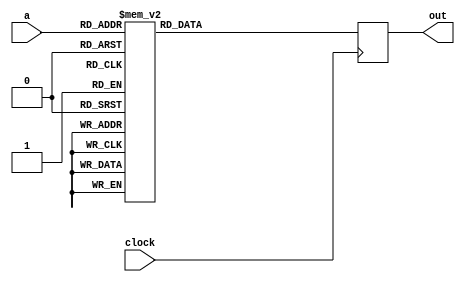
module ROM(a, out, clock);

input [8:0] a;
output reg [35:0] out;
reg [35:0] o;
input clock;


always @ (posedge clock)
begin
	out <= o;
end


always @(a) begin
case (a)
// --------- --- -- ------ --------- --- ----
// XXXXXXXXX JJJ SS FFEEII HOTCLSPMM WRF BBBB
// NEXT_ADDR MAA LR 01NNNN POPVPCVA REE 3210
// PMM LA ABVC CSP RR IAC
// CNZ 81 A TDT
// H
// --------- --- -- ------ --------- --- ----
9'h000 : o = 36'b000000010_000_00_000000_000000000_000_0000; // goto 0x2
9'h001 : o = 36'b001000000_000_00_110101_000000100_000_0001; // PC=PC+1;goto 0x40
9'h002 : o = 36'b000000000_100_00_110101_000000100_001_0001; // PC=PC+1;fetch;goto (MBR)
9'h003 : o = 36'b000000100_000_00_010100_100000000_000_0111; // H=TOS;goto 0x4
9'h004 : o = 36'b000000010_000_00_111100_001000010_100_0000; // TOS=MDR=H+MDR;wr;goto 0x2
9'h005 : o = 36'b000000110_000_00_010100_100000000_000_0111; // H=TOS;goto 0x6
9'h006 : o = 36'b000000010_000_00_111111_001000010_100_0000; // TOS=MDR=MDR-H;wr;goto 0x2
9'h007 : o = 36'b000001000_000_00_010100_100000000_000_0111; // H=TOS;goto 0x8
9'h008 : o = 36'b000000010_000_00_001100_001000010_100_0000; // TOS=MDR=H AND MDR;wr;goto 0x2
9'h009 : o = 36'b000001010_000_00_010100_100000000_000_0111; // H=TOS;goto 0xA
9'h00a : o = 36'b000000010_000_00_011100_001000010_100_0000; // TOS=MDR=H OR MDR;wr;goto 0x2
9'h00b : o = 36'b000000010_000_00_010100_000000010_100_0111; // MDR=TOS;wr;goto 0x2
9'h00c : o = 36'b000001101_000_00_000000_000000000_000_0000; // goto 0xD
9'h00d : o = 36'b000000010_000_00_010100_001000000_000_0000; // TOS=MDR;goto 0x2
9'h00e : o = 36'b000001111_000_00_010100_000000001_000_0100; // MAR=SP;goto 0xF
9'h00f : o = 36'b000010001_000_00_010100_100000000_100_0000; // H=MDR;wr;goto 0x11
9'h010 : o = 36'b000010110_000_00_110101_000001001_000_0100; // SP=MAR=SP+1;goto 0x16
9'h011 : o = 36'b000010010_000_00_010100_000000010_000_0111; // MDR=TOS;goto 0x12
9'h012 : o = 36'b000010100_000_00_110110_000000001_100_0100; // MAR=SP-1;wr;goto 0x14
9'h013 : o = 36'b000100111_000_00_110101_000000100_001_0001; // PC=PC+1;fetch;goto 0x27
9'h014 : o = 36'b000000010_000_00_011000_001000000_000_0000; // TOS=H;goto 0x2
9'h015 : o = 36'b000011000_000_00_010100_100000000_000_0101; // H=LV;goto 0x18
9'h016 : o = 36'b000010111_000_00_110101_000000100_001_0001; // PC=PC+1;fetch;goto 0x17
9'h017 : o = 36'b000000010_000_00_010100_001000010_100_0010; // TOS=MDR=MBR;wr;goto 0x2
9'h018 : o = 36'b000011001_000_00_111100_000000001_010_0011; // MAR=H+MBRU;rd;goto 0x19
9'h019 : o = 36'b000011010_000_00_110101_000001001_000_0100; // SP=MAR=SP+1;goto 0x1A
9'h01a : o = 36'b000011011_000_00_110101_000000100_101_0001; // PC=PC+1;wr;fetch;goto 0x1B
9'h01b : o = 36'b000000010_000_00_010100_001000000_000_0000; // TOS=MDR;goto 0x2
9'h01c : o = 36'b000011101_000_00_111100_000000001_000_0011; // MAR=H+MBRU;goto 0x1D
9'h01d : o = 36'b000011110_000_00_010100_000000010_100_0111; // MDR=TOS;wr;goto 0x1E
9'h01e : o = 36'b000011111_000_00_110110_000001001_010_0100; // SP=MAR=SP-1;rd;goto 0x1F
9'h01f : o = 36'b000100000_000_00_110101_000000100_001_0001; // PC=PC+1;fetch;goto 0x20
9'h020 : o = 36'b000000010_000_00_010100_001000000_000_0000; // TOS=MDR;goto 0x2
9'h021 : o = 36'b000100010_000_10_010100_100000000_000_0011; // H=MBRU<<8;goto 0x22
9'h022 : o = 36'b000100011_000_00_011100_100000000_000_0011; // H=H OR MBRU;goto 0x23
9'h023 : o = 36'b000011001_000_00_111100_000000001_010_0101; // MAR=H+LV;rd;goto 0x19
9'h024 : o = 36'b000100101_000_10_010100_100000000_000_0011; // H=MBRU<<8;goto 0x25
9'h025 : o = 36'b000100110_000_00_011100_100000000_000_0011; // H=H OR MBRU;goto 0x26
9'h026 : o = 36'b000011101_000_00_111100_000000001_000_0101; // MAR=H+LV;goto 0x1D
9'h027 : o = 36'b000101000_000_10_010100_100000000_000_0011; // H=MBRU<<8;goto 0x28
9'h028 : o = 36'b000101001_000_00_011100_100000000_000_0011; // H=H OR MBRU;goto 0x29
9'h029 : o = 36'b000011001_000_00_111100_000000001_010_0110; // MAR=H+CPP;rd;goto 0x19
9'h02a : o = 36'b000101011_000_00_111100_000000001_010_0011; // MAR=H+MBRU;rd;goto 0x2B
9'h02b : o = 36'b000101100_000_00_110101_000000100_001_0001; // PC=PC+1;fetch;goto 0x2C
9'h02c : o = 36'b000101101_000_00_010100_100000000_000_0000; // H=MDR;goto 0x2D
9'h02d : o = 36'b000101110_000_00_110101_000000100_001_0001; // PC=PC+1;fetch;goto 0x2E
9'h02e : o = 36'b000000010_000_00_111100_000000010_100_0010; // MDR=H+MBR;wr;goto 0x2
9'h02f : o = 36'b000110000_000_00_110101_000000100_001_0001; // PC=PC+1;fetch;goto 0x30
9'h030 : o = 36'b000110001_000_10_010100_100000000_000_0010; // H=MBR<<8;goto 0x31
9'h031 : o = 36'b000110010_000_00_011100_100000000_000_0011; // H=H OR MBRU;goto 0x32
9'h032 : o = 36'b000110011_000_00_111100_000000100_001_1000; // PC=H+OPC;fetch;goto 0x33
9'h033 : o = 36'b000000010_000_00_000000_000000000_000_0000; // goto 0x2
9'h034 : o = 36'b000110101_000_00_010100_010000000_000_0111; // OPC=TOS;goto 0x35
9'h035 : o = 36'b000110111_000_00_010100_001000000_000_0000; // TOS=MDR;goto 0x37
9'h036 : o = 36'b000011100_000_00_010100_100000000_000_0101; // H=LV;goto 0x1C
9'h037 : o = 36'b000000001_000_00_010100_000000000_000_1000; // N=OPC;if (N) goto 0x101; else goto 0x1
9'h038 : o = 36'b000111001_000_00_010100_010000000_000_0111; // OPC=TOS;goto 0x39
9'h039 : o = 36'b000111010_000_00_010100_001000000_000_0000; // TOS=MDR;goto 0x3A
9'h03a : o = 36'b000000001_011_00_010100_000000000_000_1000; // Z=OPC;if (Z) goto 0x101; else goto 0x1
9'h03b : o = 36'b000111100_000_00_110110_000001001_000_0100; // SP=MAR=SP-1;goto 0x3C
9'h03c : o = 36'b000111101_000_00_010100_100000000_010_0000; // H=MDR;rd;goto 0x3D
9'h03d : o = 36'b000111110_000_00_010100_010000000_000_0111; // OPC=TOS;goto 0x3E
9'h03e : o = 36'b000111111_000_00_010100_001000000_000_0000; // TOS=MDR;goto 0x3F
9'h03f : o = 36'b000000001_011_00_111111_000000000_000_1000; // Z=OPC-H;if (Z) goto 0x101; else goto 0x1
9'h040 : o = 36'b001000001_000_00_110101_000000100_001_0001; // PC=PC+1;fetch;goto 0x41
9'h041 : o = 36'b000000010_000_00_000000_000000000_000_0000; // goto 0x2
9'h042 : o = 36'b001000011_000_10_010100_100000000_000_0011; // H=MBRU<<8;goto 0x43
9'h043 : o = 36'b001000100_000_00_011100_100000000_000_0011; // H=H OR MBRU;goto 0x44
9'h044 : o = 36'b001000101_000_00_111100_000000001_010_0110; // MAR=H+CPP;rd;goto 0x45
9'h045 : o = 36'b001000110_000_00_110101_010000000_000_0001; // OPC=PC+1;goto 0x46
9'h046 : o = 36'b001000111_000_00_010100_000000100_001_0000; // PC=MDR;fetch;goto 0x47
9'h047 : o = 36'b001001000_000_00_110101_000000100_001_0001; // PC=PC+1;fetch;goto 0x48
9'h048 : o = 36'b001001001_000_10_010100_100000000_000_0011; // H=MBRU<<8;goto 0x49
9'h049 : o = 36'b001001010_000_00_011100_100000000_000_0011; // H=H OR MBRU;goto 0x4A
9'h04a : o = 36'b001001011_000_00_110101_000000100_001_0001; // PC=PC+1;fetch;goto 0x4B
9'h04b : o = 36'b001001100_000_00_111111_001000000_000_0100; // TOS=SP-H;goto 0x4C
9'h04c : o = 36'b001001101_000_00_110101_001000001_000_0111; // TOS=MAR=TOS+1;goto 0x4D
9'h04d : o = 36'b001001110_000_00_110101_000000100_001_0001; // PC=PC+1;fetch;goto 0x4E
9'h04e : o = 36'b001001111_000_10_010100_100000000_000_0011; // H=MBRU<<8;goto 0x4F
9'h04f : o = 36'b001010000_000_00_011100_100000000_000_0011; // H=H OR MBRU;goto 0x50
9'h050 : o = 36'b001010001_000_00_111101_000000010_100_0100; // MDR=H+SP+1;wr;goto 0x51
9'h051 : o = 36'b001010010_000_00_010100_000001001_000_0000; // SP=MAR=MDR;goto 0x52
9'h052 : o = 36'b001010011_000_00_010100_000000010_100_1000; // MDR=OPC;wr;goto 0x53
9'h053 : o = 36'b001010100_000_00_110101_000001001_000_0100; // SP=MAR=SP+1;goto 0x54
9'h054 : o = 36'b001010101_000_00_010100_000000010_100_0101; // MDR=LV;wr;goto 0x55
9'h055 : o = 36'b001010110_000_00_110101_000000100_001_0001; // PC=PC+1;fetch;goto 0x56
9'h056 : o = 36'b000000010_000_00_010100_000010000_000_0111; // LV=TOS;goto 0x2
9'h057 : o = 36'b000001100_000_00_110110_000001001_010_0100; // SP=MAR=SP-1;rd;goto 0xC
9'h058 : o = 36'b001011010_000_00_000000_000000000_000_0000; // goto 0x5A
9'h059 : o = 36'b000001011_000_00_110101_000001001_000_0100; // SP=MAR=SP+1;goto 0xB
9'h05a : o = 36'b001011011_000_00_010100_000010001_010_0000; // LV=MAR=MDR;rd;goto 0x5B
9'h05b : o = 36'b001011100_000_00_110101_000000001_000_0101; // MAR=LV+1;goto 0x5C
9'h05c : o = 36'b001011101_000_00_010100_000000100_011_0000; // PC=MDR;rd;fetch;goto 0x5D
9'h05d : o = 36'b001011110_000_00_010100_000000001_000_0100; // MAR=SP;goto 0x5E
9'h05e : o = 36'b001100001_000_00_010100_000010000_000_0000; // LV=MDR;goto 0x61
9'h05f : o = 36'b000001110_000_00_110110_000000001_010_0100; // MAR=SP-1;rd;goto 0xE
9'h060 : o = 36'b000000011_000_00_110110_000001001_010_0100; // SP=MAR=SP-1;rd;goto 0x3
9'h061 : o = 36'b000000010_000_00_010100_000000010_100_0111; // MDR=TOS;wr;goto 0x2
9'h062 : o = 36'b001100011_000_00_010100_000000010_100_0111; // MDR=TOS;wr;goto 0x63
9'h063 : o = 36'b001100101_000_00_000000_000000000_000_0000; // goto 0x65
9'h064 : o = 36'b000000101_000_00_110110_000001001_010_0100; // SP=MAR=SP-1;rd;goto 0x5
9'h065 : o = 36'b001100110_000_00_110110_000001001_010_0100; // SP=MAR=SP-1;rd;goto 0x66
9'h066 : o = 36'b001100111_000_00_000000_000000000_000_0000; // goto 0x67
9'h067 : o = 36'b000000010_000_00_010100_001000000_000_0000; // TOS=MDR;goto 0x2
9'h068 : o = 36'b001101001_000_00_110101_000001001_000_0100; // SP=MAR=SP+1;goto 0x69
9'h069 : o = 36'b000000010_000_00_010100_001000000_100_0000; // TOS=MDR;wr;goto 0x2
9'h06a : o = 36'b011111111_000_00_000000_000000000_000_0000; // goto 0xFF
9'h06b : o = 36'b011111111_000_00_000000_000000000_000_0000; // goto 0xFF
9'h06c : o = 36'b011111111_000_00_000000_000000000_000_0000; // goto 0xFF
9'h06d : o = 36'b011111111_000_00_000000_000000000_000_0000; // goto 0xFF
9'h06e : o = 36'b011111111_000_00_000000_000000000_000_0000; // goto 0xFF
9'h06f : o = 36'b011111111_000_00_000000_000000000_000_0000; // goto 0xFF
9'h070 : o = 36'b011111111_000_00_000000_000000000_000_0000; // goto 0xFF
9'h071 : o = 36'b011111111_000_00_000000_000000000_000_0000; // goto 0xFF
9'h072 : o = 36'b011111111_000_00_000000_000000000_000_0000; // goto 0xFF
9'h073 : o = 36'b011111111_000_00_000000_000000000_000_0000; // goto 0xFF
9'h074 : o = 36'b011111111_000_00_000000_000000000_000_0000; // goto 0xFF
9'h075 : o = 36'b011111111_000_00_000000_000000000_000_0000; // goto 0xFF
9'h076 : o = 36'b011111111_000_00_000000_000000000_000_0000; // goto 0xFF
9'h077 : o = 36'b011111111_000_00_000000_000000000_000_0000; // goto 0xFF
9'h078 : o = 36'b011111111_000_00_000000_000000000_000_0000; // goto 0xFF
9'h079 : o = 36'b011111111_000_00_000000_000000000_000_0000; // goto 0xFF
9'h07a : o = 36'b011111111_000_00_000000_000000000_000_0000; // goto 0xFF
9'h07b : o = 36'b011111111_000_00_000000_000000000_000_0000; // goto 0xFF
9'h07c : o = 36'b011111111_000_00_000000_000000000_000_0000; // goto 0xFF
9'h07d : o = 36'b011111111_000_00_000000_000000000_000_0000; // goto 0xFF
9'h07e : o = 36'b000000111_000_00_110110_000001001_010_0100; // SP=MAR=SP-1;rd;goto 0x7
9'h07f : o = 36'b011111111_000_00_000000_000000000_000_0000; // goto 0xFF
9'h080 : o = 36'b011111111_000_00_000000_000000000_000_0000; // goto 0xFF
9'h081 : o = 36'b011111111_000_00_000000_000000000_000_0000; // goto 0xFF
9'h082 : o = 36'b011111111_000_00_000000_000000000_000_0000; // goto 0xFF
9'h083 : o = 36'b011111111_000_00_000000_000000000_000_0000; // goto 0xFF
9'h084 : o = 36'b000101010_000_00_010100_100000000_000_0101; // H=LV;goto 0x2A
9'h085 : o = 36'b011111111_000_00_000000_000000000_000_0000; // goto 0xFF
9'h086 : o = 36'b011111111_000_00_000000_000000000_000_0000; // goto 0xFF
9'h087 : o = 36'b011111111_000_00_000000_000000000_000_0000; // goto 0xFF
9'h088 : o = 36'b011111111_000_00_000000_000000000_000_0000; // goto 0xFF
9'h089 : o = 36'b011111111_000_00_000000_000000000_000_0000; // goto 0xFF
9'h08a : o = 36'b011111111_000_00_000000_000000000_000_0000; // goto 0xFF
9'h08b : o = 36'b011111111_000_00_000000_000000000_000_0000; // goto 0xFF
9'h08c : o = 36'b011111111_000_00_000000_000000000_000_0000; // goto 0xFF
9'h08d : o = 36'b011111111_000_00_000000_000000000_000_0000; // goto 0xFF
9'h08e : o = 36'b011111111_000_00_000000_000000000_000_0000; // goto 0xFF
9'h08f : o = 36'b011111111_000_00_000000_000000000_000_0000; // goto 0xFF
9'h090 : o = 36'b011111111_000_00_000000_000000000_000_0000; // goto 0xFF
9'h091 : o = 36'b011111111_000_00_000000_000000000_000_0000; // goto 0xFF
9'h092 : o = 36'b011111111_000_00_000000_000000000_000_0000; // goto 0xFF
9'h093 : o = 36'b011111111_000_00_000000_000000000_000_0000; // goto 0xFF
9'h094 : o = 36'b011111111_000_00_000000_000000000_000_0000; // goto 0xFF
9'h095 : o = 36'b011111111_000_00_000000_000000000_000_0000; // goto 0xFF
9'h096 : o = 36'b011111111_000_00_000000_000000000_000_0000; // goto 0xFF
9'h097 : o = 36'b011111111_000_00_000000_000000000_000_0000; // goto 0xFF
9'h098 : o = 36'b011111111_000_00_000000_000000000_000_0000; // goto 0xFF
9'h099 : o = 36'b000111000_000_00_110110_000001001_010_0100; // SP=MAR=SP-1;rd;goto 0x38
9'h09a : o = 36'b011111111_000_00_000000_000000000_000_0000; // goto 0xFF
9'h09b : o = 36'b000110100_000_00_110110_000001001_010_0100; // SP=MAR=SP-1;rd;goto 0x34
9'h09c : o = 36'b011111111_000_00_000000_000000000_000_0000; // goto 0xFF
9'h09d : o = 36'b011111111_000_00_000000_000000000_000_0000; // goto 0xFF
9'h09e : o = 36'b011111111_000_00_000000_000000000_000_0000; // goto 0xFF
9'h09f : o = 36'b000111011_000_00_110110_000001001_010_0100; // SP=MAR=SP-1;rd;goto 0x3B
9'h0a0 : o = 36'b011111111_000_00_000000_000000000_000_0000; // goto 0xFF
9'h0a1 : o = 36'b011111111_000_00_000000_000000000_000_0000; // goto 0xFF
9'h0a2 : o = 36'b011111111_000_00_000000_000000000_000_0000; // goto 0xFF
9'h0a3 : o = 36'b011111111_000_00_000000_000000000_000_0000; // goto 0xFF
9'h0a4 : o = 36'b011111111_000_00_000000_000000000_000_0000; // goto 0xFF
9'h0a5 : o = 36'b011111111_000_00_000000_000000000_000_0000; // goto 0xFF
9'h0a6 : o = 36'b011111111_000_00_000000_000000000_000_0000; // goto 0xFF
9'h0a7 : o = 36'b000101111_000_00_110110_010000000_000_0001; // OPC=PC-1;goto 0x2F
9'h0a8 : o = 36'b011111111_000_00_000000_000000000_000_0000; // goto 0xFF
9'h0a9 : o = 36'b011111111_000_00_000000_000000000_000_0000; // goto 0xFF
9'h0aa : o = 36'b011111111_000_00_000000_000000000_000_0000; // goto 0xFF
9'h0ab : o = 36'b011111111_000_00_000000_000000000_000_0000; // goto 0xFF
9'h0ac : o = 36'b001011000_000_00_010100_000001001_010_0101; // SP=MAR=LV;rd;goto 0x58
9'h0ad : o = 36'b011111111_000_00_000000_000000000_000_0000; // goto 0xFF
9'h0ae : o = 36'b011111111_000_00_000000_000000000_000_0000; // goto 0xFF
9'h0af : o = 36'b011111111_000_00_000000_000000000_000_0000; // goto 0xFF
9'h0b0 : o = 36'b000001001_000_00_110110_000001001_010_0100; // SP=MAR=SP-1;rd;goto 0x9
9'h0b1 : o = 36'b011111111_000_00_000000_000000000_000_0000; // goto 0xFF
9'h0b2 : o = 36'b011111111_000_00_000000_000000000_000_0000; // goto 0xFF
9'h0b3 : o = 36'b011111111_000_00_000000_000000000_000_0000; // goto 0xFF
9'h0b4 : o = 36'b011111111_000_00_000000_000000000_000_0000; // goto 0xFF
9'h0b5 : o = 36'b011111111_000_00_000000_000000000_000_0000; // goto 0xFF
9'h0b6 : o = 36'b001000010_000_00_110101_000000100_001_0001; // PC=PC+1;fetch;goto 0x42
9'h0b7 : o = 36'b011111111_000_00_000000_000000000_000_0000; // goto 0xFF
9'h0b8 : o = 36'b011111111_000_00_000000_000000000_000_0000; // goto 0xFF
9'h0b9 : o = 36'b011111111_000_00_000000_000000000_000_0000; // goto 0xFF
9'h0ba : o = 36'b011111111_000_00_000000_000000000_000_0000; // goto 0xFF
9'h0bb : o = 36'b011111111_000_00_000000_000000000_000_0000; // goto 0xFF
9'h0bc : o = 36'b011111111_000_00_000000_000000000_000_0000; // goto 0xFF
9'h0bd : o = 36'b011111111_000_00_000000_000000000_000_0000; // goto 0xFF
9'h0be : o = 36'b011111111_000_00_000000_000000000_000_0000; // goto 0xFF
9'h0bf : o = 36'b011111111_000_00_000000_000000000_000_0000; // goto 0xFF
9'h0c0 : o = 36'b011111111_000_00_000000_000000000_000_0000; // goto 0xFF
9'h0c1 : o = 36'b011111111_000_00_000000_000000000_000_0000; // goto 0xFF
9'h0c2 : o = 36'b011111111_000_00_000000_000000000_000_0000; // goto 0xFF
9'h0c3 : o = 36'b011111111_000_00_000000_000000000_000_0000; // goto 0xFF
9'h0c4 : o = 36'b100000000_100_00_110101_000000100_001_0001; // PC=PC+1;fetch;goto (MBR OR 0x100)
9'h0c5 : o = 36'b011111111_000_00_000000_000000000_000_0000; // goto 0xFF
9'h0c6 : o = 36'b011111111_000_00_000000_000000000_000_0000; // goto 0xFF
9'h0c7 : o = 36'b011111111_000_00_000000_000000000_000_0000; // goto 0xFF
9'h0c8 : o = 36'b011111111_000_00_000000_000000000_000_0000; // goto 0xFF
9'h0c9 : o = 36'b011111111_000_00_000000_000000000_000_0000; // goto 0xFF
9'h0ca : o = 36'b011111111_000_00_000000_000000000_000_0000; // goto 0xFF
9'h0cb : o = 36'b011111111_000_00_000000_000000000_000_0000; // goto 0xFF
9'h0cc : o = 36'b011111111_000_00_000000_000000000_000_0000; // goto 0xFF
9'h0cd : o = 36'b011111111_000_00_000000_000000000_000_0000; // goto 0xFF
9'h0ce : o = 36'b011111111_000_00_000000_000000000_000_0000; // goto 0xFF
9'h0cf : o = 36'b011111111_000_00_000000_000000000_000_0000; // goto 0xFF
9'h0d0 : o = 36'b011111111_000_00_000000_000000000_000_0000; // goto 0xFF
9'h0d1 : o = 36'b011111111_000_00_000000_000000000_000_0000; // goto 0xFF
9'h0d2 : o = 36'b011111111_000_00_000000_000000000_000_0000; // goto 0xFF
9'h0d3 : o = 36'b011111111_000_00_000000_000000000_000_0000; // goto 0xFF
9'h0d4 : o = 36'b011111111_000_00_000000_000000000_000_0000; // goto 0xFF
9'h0d5 : o = 36'b011111111_000_00_000000_000000000_000_0000; // goto 0xFF
9'h0d6 : o = 36'b011111111_000_00_000000_000000000_000_0000; // goto 0xFF
9'h0d7 : o = 36'b011111111_000_00_000000_000000000_000_0000; // goto 0xFF
9'h0d8 : o = 36'b011111111_000_00_000000_000000000_000_0000; // goto 0xFF
9'h0d9 : o = 36'b011111111_000_00_000000_000000000_000_0000; // goto 0xFF
9'h0da : o = 36'b011111111_000_00_000000_000000000_000_0000; // goto 0xFF
9'h0db : o = 36'b011111111_000_00_000000_000000000_000_0000; // goto 0xFF
9'h0dc : o = 36'b011111111_000_00_000000_000000000_000_0000; // goto 0xFF
9'h0dd : o = 36'b011111111_000_00_000000_000000000_000_0000; // goto 0xFF
9'h0de : o = 36'b011111111_000_00_000000_000000000_000_0000; // goto 0xFF
9'h0df : o = 36'b011111111_000_00_000000_000000000_000_0000; // goto 0xFF
9'h0e0 : o = 36'b011111111_000_00_000000_000000000_000_0000; // goto 0xFF
9'h0e1 : o = 36'b011111111_000_00_000000_000000000_000_0000; // goto 0xFF
9'h0e2 : o = 36'b011111111_000_00_000000_000000000_000_0000; // goto 0xFF
9'h0e3 : o = 36'b011111111_000_00_000000_000000000_000_0000; // goto 0xFF
9'h0e4 : o = 36'b011111111_000_00_000000_000000000_000_0000; // goto 0xFF
9'h0e5 : o = 36'b011111111_000_00_000000_000000000_000_0000; // goto 0xFF
9'h0e6 : o = 36'b011111111_000_00_000000_000000000_000_0000; // goto 0xFF
9'h0e7 : o = 36'b011111111_000_00_000000_000000000_000_0000; // goto 0xFF
9'h0e8 : o = 36'b011111111_000_00_000000_000000000_000_0000; // goto 0xFF
9'h0e9 : o = 36'b011111111_000_00_000000_000000000_000_0000; // goto 0xFF
9'h0ea : o = 36'b011111111_000_00_000000_000000000_000_0000; // goto 0xFF
9'h0eb : o = 36'b011111111_000_00_000000_000000000_000_0000; // goto 0xFF
9'h0ec : o = 36'b011111111_000_00_000000_000000000_000_0000; // goto 0xFF
9'h0ed : o = 36'b011111111_000_00_000000_000000000_000_0000; // goto 0xFF
9'h0ee : o = 36'b011111111_000_00_000000_000000000_000_0000; // goto 0xFF
9'h0ef : o = 36'b011111111_000_00_000000_000000000_000_0000; // goto 0xFF
9'h0f0 : o = 36'b011111111_000_00_000000_000000000_000_0000; // goto 0xFF
9'h0f1 : o = 36'b011111111_000_00_000000_000000000_000_0000; // goto 0xFF
9'h0f2 : o = 36'b011111111_000_00_000000_000000000_000_0000; // goto 0xFF
9'h0f3 : o = 36'b011111111_000_00_000000_000000000_000_0000; // goto 0xFF
9'h0f4 : o = 36'b011111111_000_00_000000_000000000_000_0000; // goto 0xFF
9'h0f5 : o = 36'b011111111_000_00_000000_000000000_000_0000; // goto 0xFF
9'h0f6 : o = 36'b011111111_000_00_000000_000000000_000_0000; // goto 0xFF
9'h0f7 : o = 36'b011111111_000_00_000000_000000000_000_0000; // goto 0xFF
9'h0f8 : o = 36'b011111111_000_00_000000_000000000_000_0000; // goto 0xFF
9'h0f9 : o = 36'b011111111_000_00_000000_000000000_000_0000; // goto 0xFF
9'h0fa : o = 36'b011111111_000_00_000000_000000000_000_0000; // goto 0xFF
9'h0fb : o = 36'b011111111_000_00_000000_000000000_000_0000; // goto 0xFF
9'h0fc : o = 36'b001101000_000_00_010010_000000001_010_0000; // MAR=-1;rd;goto 0x68
9'h0fd : o = 36'b001100010_000_00_010010_000000001_000_0000; // MAR=-1;goto 0x62
9'h0fe : o = 36'b011111111_000_00_000000_000000000_000_0000; // goto 0xFF
9'h0ff : o = 36'b011111111_000_00_000000_000000000_000_0000; // goto 0xFF
9'h100 : o = 36'b011111111_000_00_000000_000000000_000_0000; // goto 0xFF
9'h101 : o = 36'b000101111_000_00_110110_010000000_001_0001; // OPC=PC-1;fetch;goto 0x2F
9'h102 : o = 36'b011111111_000_00_000000_000000000_000_0000; // goto 0xFF
9'h103 : o = 36'b011111111_000_00_000000_000000000_000_0000; // goto 0xFF
9'h104 : o = 36'b011111111_000_00_000000_000000000_000_0000; // goto 0xFF
9'h105 : o = 36'b011111111_000_00_000000_000000000_000_0000; // goto 0xFF
9'h106 : o = 36'b011111111_000_00_000000_000000000_000_0000; // goto 0xFF
9'h107 : o = 36'b011111111_000_00_000000_000000000_000_0000; // goto 0xFF
9'h108 : o = 36'b011111111_000_00_000000_000000000_000_0000; // goto 0xFF
9'h109 : o = 36'b011111111_000_00_000000_000000000_000_0000; // goto 0xFF
9'h10a : o = 36'b011111111_000_00_000000_000000000_000_0000; // goto 0xFF
9'h10b : o = 36'b011111111_000_00_000000_000000000_000_0000; // goto 0xFF
9'h10c : o = 36'b011111111_000_00_000000_000000000_000_0000; // goto 0xFF
9'h10d : o = 36'b011111111_000_00_000000_000000000_000_0000; // goto 0xFF
9'h10e : o = 36'b011111111_000_00_000000_000000000_000_0000; // goto 0xFF
9'h10f : o = 36'b011111111_000_00_000000_000000000_000_0000; // goto 0xFF
9'h110 : o = 36'b011111111_000_00_000000_000000000_000_0000; // goto 0xFF
9'h111 : o = 36'b011111111_000_00_000000_000000000_000_0000; // goto 0xFF
9'h112 : o = 36'b011111111_000_00_000000_000000000_000_0000; // goto 0xFF
9'h113 : o = 36'b011111111_000_00_000000_000000000_000_0000; // goto 0xFF
9'h114 : o = 36'b011111111_000_00_000000_000000000_000_0000; // goto 0xFF
9'h115 : o = 36'b000100001_000_00_110101_000000100_001_0001; // PC=PC+1;fetch;goto 0x21
9'h116 : o = 36'b011111111_000_00_000000_000000000_000_0000; // goto 0xFF
9'h117 : o = 36'b011111111_000_00_000000_000000000_000_0000; // goto 0xFF
9'h118 : o = 36'b011111111_000_00_000000_000000000_000_0000; // goto 0xFF
9'h119 : o = 36'b011111111_000_00_000000_000000000_000_0000; // goto 0xFF
9'h11a : o = 36'b011111111_000_00_000000_000000000_000_0000; // goto 0xFF
9'h11b : o = 36'b011111111_000_00_000000_000000000_000_0000; // goto 0xFF
9'h11c : o = 36'b011111111_000_00_000000_000000000_000_0000; // goto 0xFF
9'h11d : o = 36'b011111111_000_00_000000_000000000_000_0000; // goto 0xFF
9'h11e : o = 36'b011111111_000_00_000000_000000000_000_0000; // goto 0xFF
9'h11f : o = 36'b011111111_000_00_000000_000000000_000_0000; // goto 0xFF
9'h120 : o = 36'b011111111_000_00_000000_000000000_000_0000; // goto 0xFF
9'h121 : o = 36'b011111111_000_00_000000_000000000_000_0000; // goto 0xFF
9'h122 : o = 36'b011111111_000_00_000000_000000000_000_0000; // goto 0xFF
9'h123 : o = 36'b011111111_000_00_000000_000000000_000_0000; // goto 0xFF
9'h124 : o = 36'b011111111_000_00_000000_000000000_000_0000; // goto 0xFF
9'h125 : o = 36'b011111111_000_00_000000_000000000_000_0000; // goto 0xFF
9'h126 : o = 36'b011111111_000_00_000000_000000000_000_0000; // goto 0xFF
9'h127 : o = 36'b011111111_000_00_000000_000000000_000_0000; // goto 0xFF
9'h128 : o = 36'b011111111_000_00_000000_000000000_000_0000; // goto 0xFF
9'h129 : o = 36'b011111111_000_00_000000_000000000_000_0000; // goto 0xFF
9'h12a : o = 36'b011111111_000_00_000000_000000000_000_0000; // goto 0xFF
9'h12b : o = 36'b011111111_000_00_000000_000000000_000_0000; // goto 0xFF
9'h12c : o = 36'b011111111_000_00_000000_000000000_000_0000; // goto 0xFF
9'h12d : o = 36'b011111111_000_00_000000_000000000_000_0000; // goto 0xFF
9'h12e : o = 36'b011111111_000_00_000000_000000000_000_0000; // goto 0xFF
9'h12f : o = 36'b011111111_000_00_000000_000000000_000_0000; // goto 0xFF
9'h130 : o = 36'b011111111_000_00_000000_000000000_000_0000; // goto 0xFF
9'h131 : o = 36'b011111111_000_00_000000_000000000_000_0000; // goto 0xFF
9'h132 : o = 36'b011111111_000_00_000000_000000000_000_0000; // goto 0xFF
9'h133 : o = 36'b011111111_000_00_000000_000000000_000_0000; // goto 0xFF
9'h134 : o = 36'b011111111_000_00_000000_000000000_000_0000; // goto 0xFF
9'h135 : o = 36'b011111111_000_00_000000_000000000_000_0000; // goto 0xFF
9'h136 : o = 36'b000100100_000_00_110101_000000100_001_0001; // PC=PC+1;fetch;goto 0x24
9'h137 : o = 36'b011111111_000_00_000000_000000000_000_0000; // goto 0xFF
9'h138 : o = 36'b011111111_000_00_000000_000000000_000_0000; // goto 0xFF
9'h139 : o = 36'b011111111_000_00_000000_000000000_000_0000; // goto 0xFF
9'h13a : o = 36'b011111111_000_00_000000_000000000_000_0000; // goto 0xFF
9'h13b : o = 36'b011111111_000_00_000000_000000000_000_0000; // goto 0xFF
9'h13c : o = 36'b011111111_000_00_000000_000000000_000_0000; // goto 0xFF
9'h13d : o = 36'b011111111_000_00_000000_000000000_000_0000; // goto 0xFF
9'h13e : o = 36'b011111111_000_00_000000_000000000_000_0000; // goto 0xFF
9'h13f : o = 36'b011111111_000_00_000000_000000000_000_0000; // goto 0xFF
9'h140 : o = 36'b011111111_000_00_000000_000000000_000_0000; // goto 0xFF
9'h141 : o = 36'b011111111_000_00_000000_000000000_000_0000; // goto 0xFF
9'h142 : o = 36'b011111111_000_00_000000_000000000_000_0000; // goto 0xFF
9'h143 : o = 36'b011111111_000_00_000000_000000000_000_0000; // goto 0xFF
9'h144 : o = 36'b011111111_000_00_000000_000000000_000_0000; // goto 0xFF
9'h145 : o = 36'b011111111_000_00_000000_000000000_000_0000; // goto 0xFF
9'h146 : o = 36'b011111111_000_00_000000_000000000_000_0000; // goto 0xFF
9'h147 : o = 36'b011111111_000_00_000000_000000000_000_0000; // goto 0xFF
9'h148 : o = 36'b011111111_000_00_000000_000000000_000_0000; // goto 0xFF
9'h149 : o = 36'b011111111_000_00_000000_000000000_000_0000; // goto 0xFF
9'h14a : o = 36'b011111111_000_00_000000_000000000_000_0000; // goto 0xFF
9'h14b : o = 36'b011111111_000_00_000000_000000000_000_0000; // goto 0xFF
9'h14c : o = 36'b011111111_000_00_000000_000000000_000_0000; // goto 0xFF
9'h14d : o = 36'b011111111_000_00_000000_000000000_000_0000; // goto 0xFF
9'h14e : o = 36'b011111111_000_00_000000_000000000_000_0000; // goto 0xFF
9'h14f : o = 36'b011111111_000_00_000000_000000000_000_0000; // goto 0xFF
9'h150 : o = 36'b011111111_000_00_000000_000000000_000_0000; // goto 0xFF
9'h151 : o = 36'b011111111_000_00_000000_000000000_000_0000; // goto 0xFF
9'h152 : o = 36'b011111111_000_00_000000_000000000_000_0000; // goto 0xFF
9'h153 : o = 36'b011111111_000_00_000000_000000000_000_0000; // goto 0xFF
9'h154 : o = 36'b011111111_000_00_000000_000000000_000_0000; // goto 0xFF
9'h155 : o = 36'b011111111_000_00_000000_000000000_000_0000; // goto 0xFF
9'h156 : o = 36'b011111111_000_00_000000_000000000_000_0000; // goto 0xFF
9'h157 : o = 36'b011111111_000_00_000000_000000000_000_0000; // goto 0xFF
9'h158 : o = 36'b011111111_000_00_000000_000000000_000_0000; // goto 0xFF
9'h159 : o = 36'b011111111_000_00_000000_000000000_000_0000; // goto 0xFF
9'h15a : o = 36'b011111111_000_00_000000_000000000_000_0000; // goto 0xFF
9'h15b : o = 36'b011111111_000_00_000000_000000000_000_0000; // goto 0xFF
9'h15c : o = 36'b011111111_000_00_000000_000000000_000_0000; // goto 0xFF
9'h15d : o = 36'b011111111_000_00_000000_000000000_000_0000; // goto 0xFF
9'h15e : o = 36'b011111111_000_00_000000_000000000_000_0000; // goto 0xFF
9'h15f : o = 36'b011111111_000_00_000000_000000000_000_0000; // goto 0xFF
9'h160 : o = 36'b011111111_000_00_000000_000000000_000_0000; // goto 0xFF
9'h161 : o = 36'b011111111_000_00_000000_000000000_000_0000; // goto 0xFF
9'h162 : o = 36'b011111111_000_00_000000_000000000_000_0000; // goto 0xFF
9'h163 : o = 36'b011111111_000_00_000000_000000000_000_0000; // goto 0xFF
9'h164 : o = 36'b011111111_000_00_000000_000000000_000_0000; // goto 0xFF
9'h165 : o = 36'b011111111_000_00_000000_000000000_000_0000; // goto 0xFF
9'h166 : o = 36'b011111111_000_00_000000_000000000_000_0000; // goto 0xFF
9'h167 : o = 36'b011111111_000_00_000000_000000000_000_0000; // goto 0xFF
9'h168 : o = 36'b011111111_000_00_000000_000000000_000_0000; // goto 0xFF
9'h169 : o = 36'b011111111_000_00_000000_000000000_000_0000; // goto 0xFF
9'h16a : o = 36'b011111111_000_00_000000_000000000_000_0000; // goto 0xFF
9'h16b : o = 36'b011111111_000_00_000000_000000000_000_0000; // goto 0xFF
9'h16c : o = 36'b011111111_000_00_000000_000000000_000_0000; // goto 0xFF
9'h16d : o = 36'b011111111_000_00_000000_000000000_000_0000; // goto 0xFF
9'h16e : o = 36'b011111111_000_00_000000_000000000_000_0000; // goto 0xFF
9'h16f : o = 36'b011111111_000_00_000000_000000000_000_0000; // goto 0xFF
9'h170 : o = 36'b011111111_000_00_000000_000000000_000_0000; // goto 0xFF
9'h171 : o = 36'b011111111_000_00_000000_000000000_000_0000; // goto 0xFF
9'h172 : o = 36'b011111111_000_00_000000_000000000_000_0000; // goto 0xFF
9'h173 : o = 36'b011111111_000_00_000000_000000000_000_0000; // goto 0xFF
9'h174 : o = 36'b011111111_000_00_000000_000000000_000_0000; // goto 0xFF
9'h175 : o = 36'b011111111_000_00_000000_000000000_000_0000; // goto 0xFF
9'h176 : o = 36'b011111111_000_00_000000_000000000_000_0000; // goto 0xFF
9'h177 : o = 36'b011111111_000_00_000000_000000000_000_0000; // goto 0xFF
9'h178 : o = 36'b011111111_000_00_000000_000000000_000_0000; // goto 0xFF
9'h179 : o = 36'b011111111_000_00_000000_000000000_000_0000; // goto 0xFF
9'h17a : o = 36'b011111111_000_00_000000_000000000_000_0000; // goto 0xFF
9'h17b : o = 36'b011111111_000_00_000000_000000000_000_0000; // goto 0xFF
9'h17c : o = 36'b011111111_000_00_000000_000000000_000_0000; // goto 0xFF
9'h17d : o = 36'b011111111_000_00_000000_000000000_000_0000; // goto 0xFF
9'h17e : o = 36'b011111111_000_00_000000_000000000_000_0000; // goto 0xFF
9'h17f : o = 36'b011111111_000_00_000000_000000000_000_0000; // goto 0xFF
9'h180 : o = 36'b011111111_000_00_000000_000000000_000_0000; // goto 0xFF
9'h181 : o = 36'b011111111_000_00_000000_000000000_000_0000; // goto 0xFF
9'h182 : o = 36'b011111111_000_00_000000_000000000_000_0000; // goto 0xFF
9'h183 : o = 36'b011111111_000_00_000000_000000000_000_0000; // goto 0xFF
9'h184 : o = 36'b011111111_000_00_000000_000000000_000_0000; // goto 0xFF
9'h185 : o = 36'b011111111_000_00_000000_000000000_000_0000; // goto 0xFF
9'h186 : o = 36'b011111111_000_00_000000_000000000_000_0000; // goto 0xFF
9'h187 : o = 36'b011111111_000_00_000000_000000000_000_0000; // goto 0xFF
9'h188 : o = 36'b011111111_000_00_000000_000000000_000_0000; // goto 0xFF
9'h189 : o = 36'b011111111_000_00_000000_000000000_000_0000; // goto 0xFF
9'h18a : o = 36'b011111111_000_00_000000_000000000_000_0000; // goto 0xFF
9'h18b : o = 36'b011111111_000_00_000000_000000000_000_0000; // goto 0xFF
9'h18c : o = 36'b011111111_000_00_000000_000000000_000_0000; // goto 0xFF
9'h18d : o = 36'b011111111_000_00_000000_000000000_000_0000; // goto 0xFF
9'h18e : o = 36'b011111111_000_00_000000_000000000_000_0000; // goto 0xFF
9'h18f : o = 36'b011111111_000_00_000000_000000000_000_0000; // goto 0xFF
9'h190 : o = 36'b011111111_000_00_000000_000000000_000_0000; // goto 0xFF
9'h191 : o = 36'b011111111_000_00_000000_000000000_000_0000; // goto 0xFF
9'h192 : o = 36'b011111111_000_00_000000_000000000_000_0000; // goto 0xFF
9'h193 : o = 36'b011111111_000_00_000000_000000000_000_0000; // goto 0xFF
9'h194 : o = 36'b011111111_000_00_000000_000000000_000_0000; // goto 0xFF
9'h195 : o = 36'b011111111_000_00_000000_000000000_000_0000; // goto 0xFF
9'h196 : o = 36'b011111111_000_00_000000_000000000_000_0000; // goto 0xFF
9'h197 : o = 36'b011111111_000_00_000000_000000000_000_0000; // goto 0xFF
9'h198 : o = 36'b011111111_000_00_000000_000000000_000_0000; // goto 0xFF
9'h199 : o = 36'b011111111_000_00_000000_000000000_000_0000; // goto 0xFF
9'h19a : o = 36'b011111111_000_00_000000_000000000_000_0000; // goto 0xFF
9'h19b : o = 36'b011111111_000_00_000000_000000000_000_0000; // goto 0xFF
9'h19c : o = 36'b011111111_000_00_000000_000000000_000_0000; // goto 0xFF
9'h19d : o = 36'b011111111_000_00_000000_000000000_000_0000; // goto 0xFF
9'h19e : o = 36'b011111111_000_00_000000_000000000_000_0000; // goto 0xFF
9'h19f : o = 36'b011111111_000_00_000000_000000000_000_0000; // goto 0xFF
9'h1a0 : o = 36'b011111111_000_00_000000_000000000_000_0000; // goto 0xFF
9'h1a1 : o = 36'b011111111_000_00_000000_000000000_000_0000; // goto 0xFF
9'h1a2 : o = 36'b011111111_000_00_000000_000000000_000_0000; // goto 0xFF
9'h1a3 : o = 36'b011111111_000_00_000000_000000000_000_0000; // goto 0xFF
9'h1a4 : o = 36'b011111111_000_00_000000_000000000_000_0000; // goto 0xFF
9'h1a5 : o = 36'b011111111_000_00_000000_000000000_000_0000; // goto 0xFF
9'h1a6 : o = 36'b011111111_000_00_000000_000000000_000_0000; // goto 0xFF
9'h1a7 : o = 36'b011111111_000_00_000000_000000000_000_0000; // goto 0xFF
9'h1a8 : o = 36'b011111111_000_00_000000_000000000_000_0000; // goto 0xFF
9'h1a9 : o = 36'b011111111_000_00_000000_000000000_000_0000; // goto 0xFF
9'h1aa : o = 36'b011111111_000_00_000000_000000000_000_0000; // goto 0xFF
9'h1ab : o = 36'b011111111_000_00_000000_000000000_000_0000; // goto 0xFF
9'h1ac : o = 36'b011111111_000_00_000000_000000000_000_0000; // goto 0xFF
9'h1ad : o = 36'b011111111_000_00_000000_000000000_000_0000; // goto 0xFF
9'h1ae : o = 36'b011111111_000_00_000000_000000000_000_0000; // goto 0xFF
9'h1af : o = 36'b011111111_000_00_000000_000000000_000_0000; // goto 0xFF
9'h1b0 : o = 36'b011111111_000_00_000000_000000000_000_0000; // goto 0xFF
9'h1b1 : o = 36'b011111111_000_00_000000_000000000_000_0000; // goto 0xFF
9'h1b2 : o = 36'b011111111_000_00_000000_000000000_000_0000; // goto 0xFF
9'h1b3 : o = 36'b011111111_000_00_000000_000000000_000_0000; // goto 0xFF
9'h1b4 : o = 36'b011111111_000_00_000000_000000000_000_0000; // goto 0xFF
9'h1b5 : o = 36'b011111111_000_00_000000_000000000_000_0000; // goto 0xFF
9'h1b6 : o = 36'b011111111_000_00_000000_000000000_000_0000; // goto 0xFF
9'h1b7 : o = 36'b011111111_000_00_000000_000000000_000_0000; // goto 0xFF
9'h1b8 : o = 36'b011111111_000_00_000000_000000000_000_0000; // goto 0xFF
9'h1b9 : o = 36'b011111111_000_00_000000_000000000_000_0000; // goto 0xFF
9'h1ba : o = 36'b011111111_000_00_000000_000000000_000_0000; // goto 0xFF
9'h1bb : o = 36'b011111111_000_00_000000_000000000_000_0000; // goto 0xFF
9'h1bc : o = 36'b011111111_000_00_000000_000000000_000_0000; // goto 0xFF
9'h1bd : o = 36'b011111111_000_00_000000_000000000_000_0000; // goto 0xFF
9'h1be : o = 36'b011111111_000_00_000000_000000000_000_0000; // goto 0xFF
9'h1bf : o = 36'b011111111_000_00_000000_000000000_000_0000; // goto 0xFF
9'h1c0 : o = 36'b011111111_000_00_000000_000000000_000_0000; // goto 0xFF
9'h1c1 : o = 36'b011111111_000_00_000000_000000000_000_0000; // goto 0xFF
9'h1c2 : o = 36'b011111111_000_00_000000_000000000_000_0000; // goto 0xFF
9'h1c3 : o = 36'b011111111_000_00_000000_000000000_000_0000; // goto 0xFF
9'h1c4 : o = 36'b011111111_000_00_000000_000000000_000_0000; // goto 0xFF
9'h1c5 : o = 36'b011111111_000_00_000000_000000000_000_0000; // goto 0xFF
9'h1c6 : o = 36'b011111111_000_00_000000_000000000_000_0000; // goto 0xFF
9'h1c7 : o = 36'b011111111_000_00_000000_000000000_000_0000; // goto 0xFF
9'h1c8 : o = 36'b011111111_000_00_000000_000000000_000_0000; // goto 0xFF
9'h1c9 : o = 36'b011111111_000_00_000000_000000000_000_0000; // goto 0xFF
9'h1ca : o = 36'b011111111_000_00_000000_000000000_000_0000; // goto 0xFF
9'h1cb : o = 36'b011111111_000_00_000000_000000000_000_0000; // goto 0xFF
9'h1cc : o = 36'b011111111_000_00_000000_000000000_000_0000; // goto 0xFF
9'h1cd : o = 36'b011111111_000_00_000000_000000000_000_0000; // goto 0xFF
9'h1ce : o = 36'b011111111_000_00_000000_000000000_000_0000; // goto 0xFF
9'h1cf : o = 36'b011111111_000_00_000000_000000000_000_0000; // goto 0xFF
9'h1d0 : o = 36'b011111111_000_00_000000_000000000_000_0000; // goto 0xFF
9'h1d1 : o = 36'b011111111_000_00_000000_000000000_000_0000; // goto 0xFF
9'h1d2 : o = 36'b011111111_000_00_000000_000000000_000_0000; // goto 0xFF
9'h1d3 : o = 36'b011111111_000_00_000000_000000000_000_0000; // goto 0xFF
9'h1d4 : o = 36'b011111111_000_00_000000_000000000_000_0000; // goto 0xFF
9'h1d5 : o = 36'b011111111_000_00_000000_000000000_000_0000; // goto 0xFF
9'h1d6 : o = 36'b011111111_000_00_000000_000000000_000_0000; // goto 0xFF
9'h1d7 : o = 36'b011111111_000_00_000000_000000000_000_0000; // goto 0xFF
9'h1d8 : o = 36'b011111111_000_00_000000_000000000_000_0000; // goto 0xFF
9'h1d9 : o = 36'b011111111_000_00_000000_000000000_000_0000; // goto 0xFF
9'h1da : o = 36'b011111111_000_00_000000_000000000_000_0000; // goto 0xFF
9'h1db : o = 36'b011111111_000_00_000000_000000000_000_0000; // goto 0xFF
9'h1dc : o = 36'b011111111_000_00_000000_000000000_000_0000; // goto 0xFF
9'h1dd : o = 36'b011111111_000_00_000000_000000000_000_0000; // goto 0xFF
9'h1de : o = 36'b011111111_000_00_000000_000000000_000_0000; // goto 0xFF
9'h1df : o = 36'b011111111_000_00_000000_000000000_000_0000; // goto 0xFF
9'h1e0 : o = 36'b011111111_000_00_000000_000000000_000_0000; // goto 0xFF
9'h1e1 : o = 36'b011111111_000_00_000000_000000000_000_0000; // goto 0xFF
9'h1e2 : o = 36'b011111111_000_00_000000_000000000_000_0000; // goto 0xFF
9'h1e3 : o = 36'b011111111_000_00_000000_000000000_000_0000; // goto 0xFF
9'h1e4 : o = 36'b011111111_000_00_000000_000000000_000_0000; // goto 0xFF
9'h1e5 : o = 36'b011111111_000_00_000000_000000000_000_0000; // goto 0xFF
9'h1e6 : o = 36'b011111111_000_00_000000_000000000_000_0000; // goto 0xFF
9'h1e7 : o = 36'b011111111_000_00_000000_000000000_000_0000; // goto 0xFF
9'h1e8 : o = 36'b011111111_000_00_000000_000000000_000_0000; // goto 0xFF
9'h1e9 : o = 36'b011111111_000_00_000000_000000000_000_0000; // goto 0xFF
9'h1ea : o = 36'b011111111_000_00_000000_000000000_000_0000; // goto 0xFF
9'h1eb : o = 36'b011111111_000_00_000000_000000000_000_0000; // goto 0xFF
9'h1ec : o = 36'b011111111_000_00_000000_000000000_000_0000; // goto 0xFF
9'h1ed : o = 36'b011111111_000_00_000000_000000000_000_0000; // goto 0xFF
9'h1ee : o = 36'b011111111_000_00_000000_000000000_000_0000; // goto 0xFF
9'h1ef : o = 36'b011111111_000_00_000000_000000000_000_0000; // goto 0xFF
9'h1f0 : o = 36'b011111111_000_00_000000_000000000_000_0000; // goto 0xFF
9'h1f1 : o = 36'b011111111_000_00_000000_000000000_000_0000; // goto 0xFF
9'h1f2 : o = 36'b011111111_000_00_000000_000000000_000_0000; // goto 0xFF
9'h1f3 : o = 36'b011111111_000_00_000000_000000000_000_0000; // goto 0xFF
9'h1f4 : o = 36'b011111111_000_00_000000_000000000_000_0000; // goto 0xFF
9'h1f5 : o = 36'b011111111_000_00_000000_000000000_000_0000; // goto 0xFF
9'h1f6 : o = 36'b011111111_000_00_000000_000000000_000_0000; // goto 0xFF
9'h1f7 : o = 36'b011111111_000_00_000000_000000000_000_0000; // goto 0xFF
9'h1f8 : o = 36'b011111111_000_00_000000_000000000_000_0000; // goto 0xFF
9'h1f9 : o = 36'b011111111_000_00_000000_000000000_000_0000; // goto 0xFF
9'h1fa : o = 36'b011111111_000_00_000000_000000000_000_0000; // goto 0xFF
9'h1fb : o = 36'b011111111_000_00_000000_000000000_000_0000; // goto 0xFF
9'h1fc : o = 36'b011111111_000_00_000000_000000000_000_0000; // goto 0xFF
9'h1fd : o = 36'b011111111_000_00_000000_000000000_000_0000; // goto 0xFF
9'h1fe : o = 36'b011111111_000_00_000000_000000000_000_0000; // goto 0xFF
9'h1ff : o = 36'b011111111_000_00_000000_000000000_000_0000; // goto 0xFF
endcase
end
endmodule